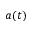
a ( t )